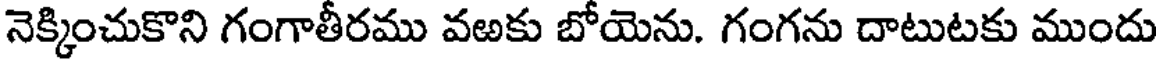
నెక్కించుకొని గంగాతీరము వఱకు బోయెను. గంగను దాటుటకు ముందు